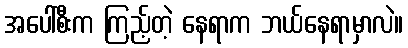
အပေါ်စီးက ကြည့်တဲ့ နေရာက ဘယ်နေရာမှာလဲ။